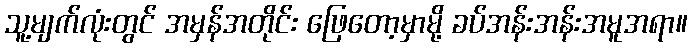
သူ့မျက်လုံးတွင် အမှန်အတိုင်း ဖြေတော့မှာမို့ ခပ်အန်းအန်းအမူအရာ။